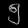
Digit: ၅